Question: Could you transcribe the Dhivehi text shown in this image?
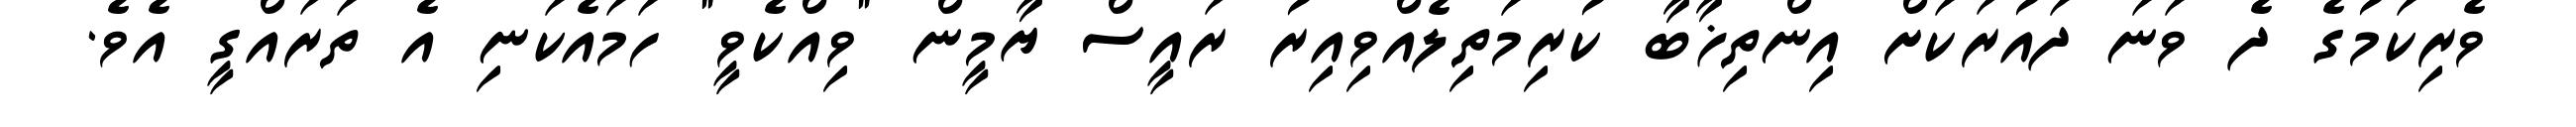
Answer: ވެރިކަމުގެ ދެ ވަނަ ދައުރަކަށް އިންތިޚާބާ ކުރިމަތިލެއްވިއިރު ރައީސް ޔާމީން "ވިއްކެވީ" ހަމައެކަނި އެ ތަރައްގީ އެވެ.